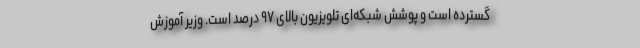
گسترده است و پوشش شبکه‌ای تلویزیون بالای ۹۷ درصد است. وزیر آموزش‌